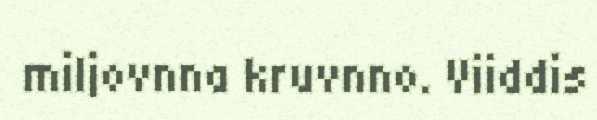
miljovnna kruvnno. Viiddis